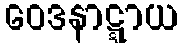
ဝေဒနာဋ္ဋာယ